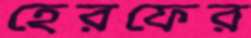
হেরফের